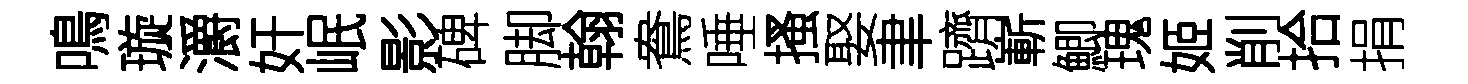
鳴璇灂奸岷影碑脚翰鴦唾搔娶聿躋嶄鯽瑰姬削拾捐